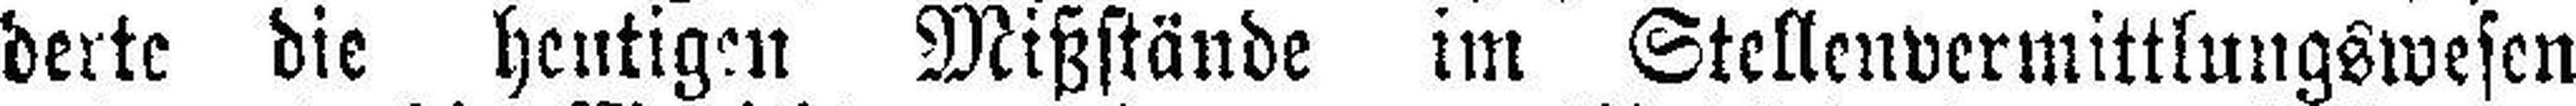
derte die heutigen Mißstände im Stellenvermittlungswesen